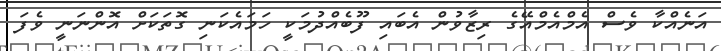
އަނެއްކާ ވެސް އެމްއެމްއޭގެ ރިޒާވުން އެބައި ފޫބެއްދުމަކީ ހަމައެކަނި ގޮތަކަށް އޮންނަނީ ވެފަ